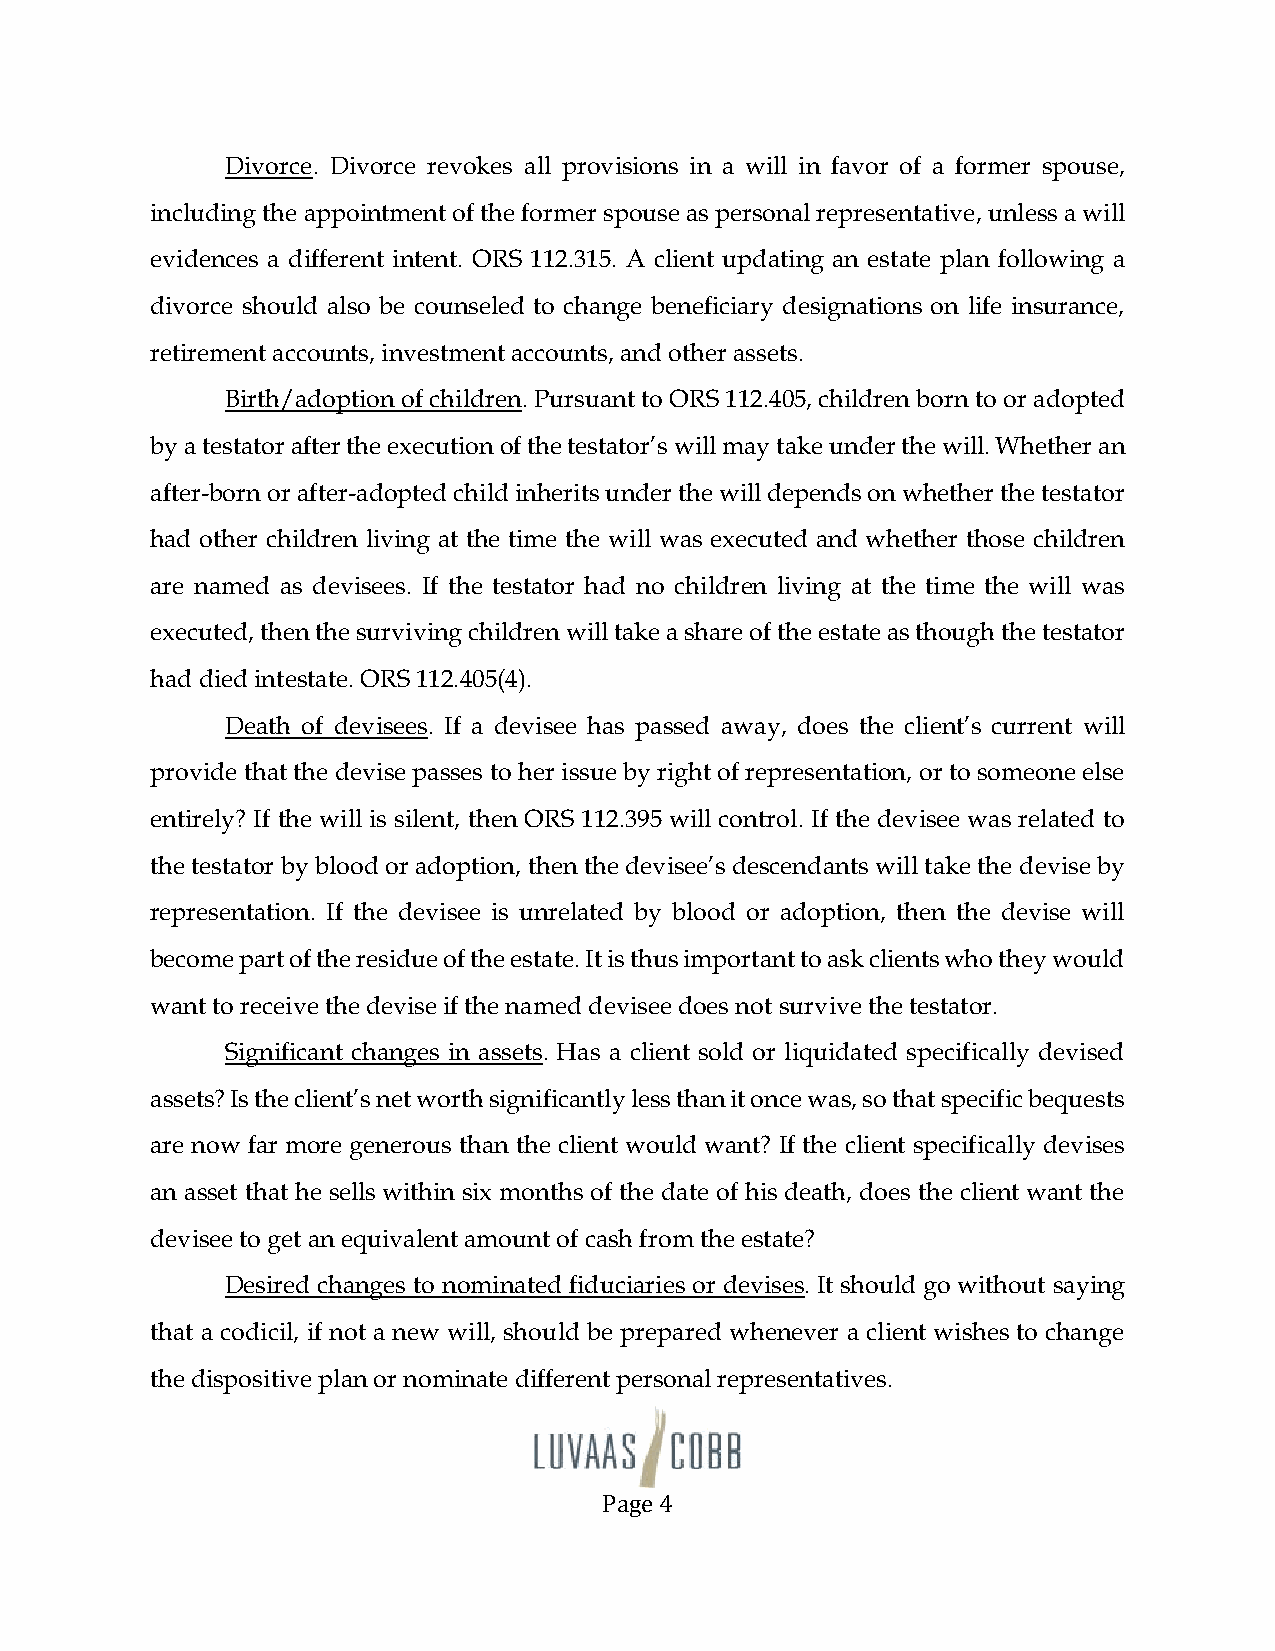
Divorce. Divorce revokes all provisions in a will in favor of a former spouse,
 including the appointment of the former spouse as personal representative, unless a will
 evidences a different intent. ORS 112.315. A client updating an estate plan following a
 divorce should also be counseled to change beneficiary designations on life insurance,
 retirement accounts, investment accounts, and other assets.
 Birth/adoption of children. Pursuant to ORS 112.405, children born to or adopted
 by a testator after the execution of the testator’s will may take under the will. Whether an
 after-born or after-adopted child inherits under the will depends on whether the testator
 had other children living at the time the will was executed and whether those children
 are named as devisees. If the testator had no children living at the time the will was
 executed, then the surviving children will take a share of the estate as though the testator
 had died intestate. ORS 112.405(4).
 Death of devisees. If a devisee has passed away, does the client’s current will
 provide that the devise passes to her issue by right of representation, or to someone else
 entirely? If the will is silent, then ORS 112.395 will control. If the devisee was related to
 the testator by blood or adoption, then the devisee’s descendants will take the devise by
 representation. If the devisee is unrelated by blood or adoption, then the devise will
 become part of the residue of the estate. It is thus important to ask clients who they would
 want to receive the devise if the named devisee does not survive the testator.
 Significant changes in assets. Has a client sold or liquidated specifically devised
 assets? Is the client’s net worth significantly less than it once was, so that specific bequests
 are now far more generous than the client would want? If the client specifically devises
 an asset that he sells within six months of the date of his death, does the client want the
 devisee to get an equivalent amount of cash from the estate?
 Desired changes to nominated fiduciaries or devises. It should go without saying
 that a codicil, if not a new will, should be prepared whenever a client wishes to change
 the dispositive plan or nominate different personal representatives.
 Page 4